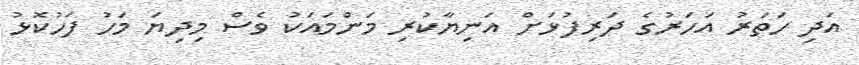
އަދި ހަތަރު އަހަރުގެ ދަރިފުޅަށް އަނިޔާކުރި މަންމައަކު ވެސް މިދިޔަ މަހު ފަހުކޮޅު